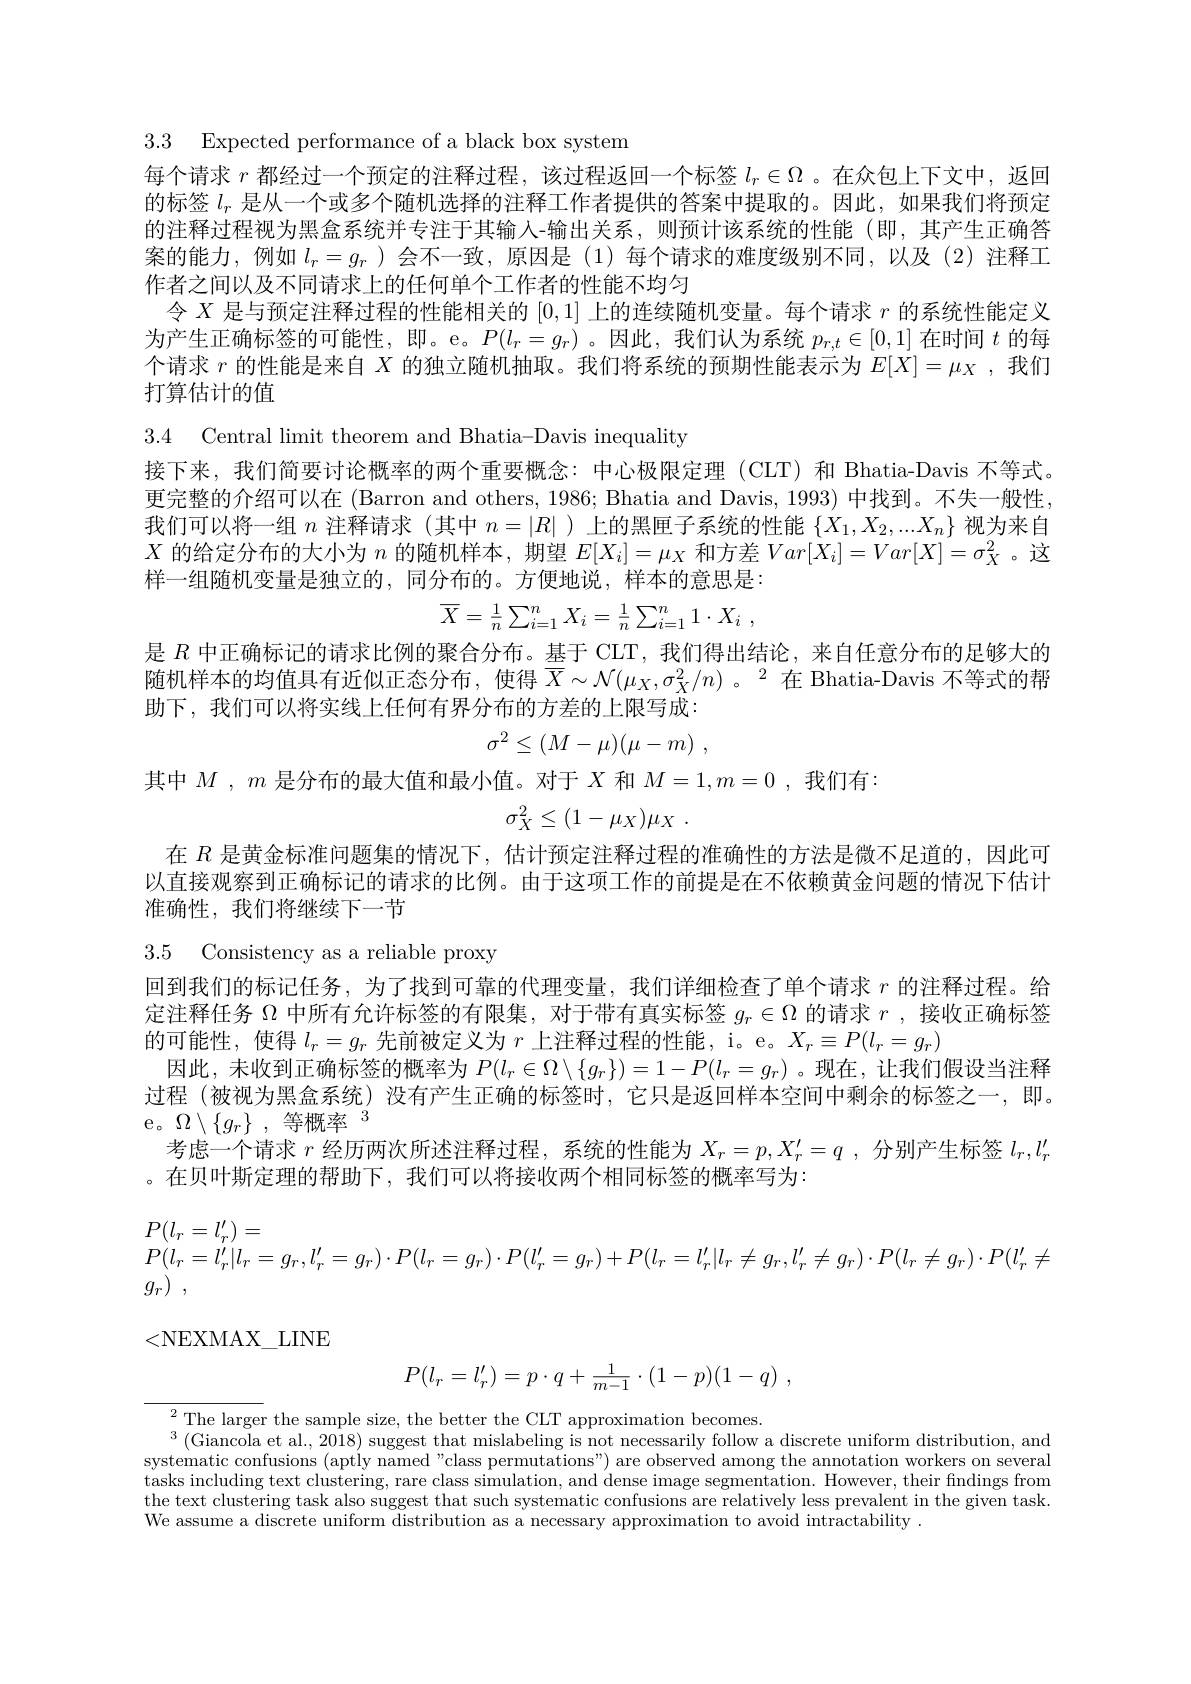
3.3 Expected performance of a black box system
每个请求$r$都经过一个预定的注释过程，该过程返回一个标签$l_r\in\Omega$ 。在众包上下文中，返回的标签$l_r$是从一个或多个随机选择的注释工作者提供的答案中提取的。因此，如果我们将预定的注释过程视为黑盒系统并专注于其输入-输出关系，则预计该系统的性能(即，其产生正确答案的能力，例如$l_r=g_r$ )会不一致，原因是 (1)每个请求的难度级别不同，以及 (2)注释工作者之间以及不同请求上的任何单个工作者的性能不均匀
令$X$是与预定注释过程的性能相关的[0,1]上的连续随机变量。每个请求$r$的系统性能定义为产生正确标签的可能性，即。e。$P(l_r=g_r)$ 。因此，我们认为系统$p_r,t\in[0,1]$在时间$t$的每个请求$r$的性能是来自$X$的独立随机抽取。我们将系统的预期性能表示为$E[X]=\mu_X$ ,我们打算估计的值

3.4 Central limit theorem and Bhatia-Davis inequality
接下来，我们简要讨论概率的两个重要概念：中心极限定理(CLT)和 Bhatia-Davis 不等式。更完整的介绍可以在 (Barron and others, 1986; Bhatia and Davis, 1993)中找到。不失一般性我们可以将一组$n$注释请求 (其中$n=|R|$ )上的黑匣子系统的性能$\{X_1,X_2,...X_n\}$视为来自$X$的给定分布的大小为$n$的随机样本，期望$E[X_i]=\mu_X$和方差$Var[X_i]=Var[X]=\sigma_X^2$。这样一组随机变量是独立的，同分布的。方便地说，样本的意思是：
$$\overline{X}=\frac{1}{n}\sum_{i=1}^nX_i=\frac{1}{n}\sum_{i=1}^n1\cdot X_i\:,$$
是$R$中正确标记的请求比例的聚合分布。基于 CLT, 我们得出结论，来自任意分布的足够大的随机样本的均值具有近似正态分布，使得$\overline{X}\sim\mathcal{N}(\mu_X,\sigma_X^2/n)$ 。$^2$在 Bhatia-Davis 不等式的帮助下，我们可以将实线上任何有界分布的方差的上限写成：
$$\sigma^2\leq(M-\mu)(\mu-m)\:,$$
其中$M,m$是分布的最大值和最小值。对于$X$和$M=1,m=0$ ,我们有：
$$\sigma_X^2\leq(1-\mu_X)\mu_X\:.$$
在$R$是黄金标准问题集的情况下，估计预定注释过程的准确性的方法是微不足道的，因此可以直接观察到正确标记的请求的比例。由于这项工作的前提是在不依赖黄金问题的情况下估计准确性，我们将继续下一节

3.5 Consistency as a reliable proxy

回到我们的标记任务，为了找到可靠的代理变量，我们详细检查了单个请求$r$的注释过程。给定注释任务$\Omega$中所有允许标签的有限集，对于带有真实标签$g_r\in\Omega$的请求$r$ ,接收正确标签的可能性，使得$l_r=g_r$先前被定义为$r$上注释过程的性能，i。e。$X_r\equiv P(l_r=g_r)$
因此，未收到正确标签的概率为$P(l_r\in\Omega\setminus\{g_r\})=1-P(l_r=g_r)$ 。现在，让我们假设当注释过程 (被视为黑盒系统) 没有产生正确的标签时，它只是返回样本空间中剩余的标签之一，即。e。$\Omega\setminus\{g_{r}\}$,等概率$^3$
考虑一个请求$r$经历两次所述注释过程，系统的性能为$X_r=p,X_r^{\prime}=q$ ,分别产生标签$l_r,l_r^{\prime\prime}$
。在贝叶斯定理的帮助下，我们可以将接收两个相同标签的概率写为：
$$\begin{array}{l}P(l_r=l_r')=\\P(l_r=l_r'|l_r=g_r,l_r'=g_r)\cdot P(l_r=g_r)\cdot P(l_r'=g_r)+P(l_r=l_r'|l_r\neq g_r,l_r'\neq g_r)\cdot P(l_r\neq g_r)\cdot P(l_r'\neq g_r)\\g_r)\:,\end{array}$$
<NEXMAX\_LINE
$$P(l_r=l_r')=p\cdot q+\frac{1}{m-1}\cdot(1-p)(1-q)\:,$$
$^{2}$The larger the sample size, the better the CLT approximation becomes.
$^3\left(\bar{\text{Giancola et al., 2018}}\right)$suggest that mislabeling is not necessarily follow a discrete uniform distribution, and systematic confusions (aptly named"class permutations") are observed among the annotation workers on several tasks including text clustering, rare class simulation, and dense image segmentation. However, their findings from the text clustering task also suggest that such systematic confusions are relatively less prevalent in the given task We assume a discrete uniform distribution as a necessary approximation to avoid intractability